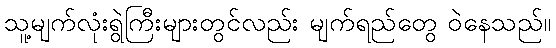
သူ့မျက်လုံးရွဲကြီးများတွင်လည်း မျက်ရည်တွေ ဝဲနေသည်။